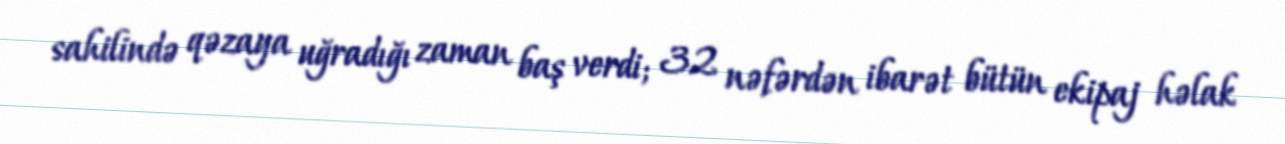
sahilində qəzaya uğradığı zaman baş verdi; 32 nəfərdən ibarət bütün ekipaj həlak